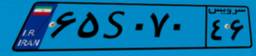
۶۵S۰۷۰۴۶